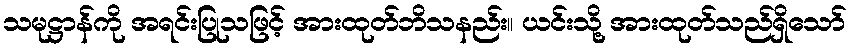
သမုဋ္ဌာန်ကို အရင်းပြုသဖြင့် အားထုတ်ဘိသနည်း။ ယင်းသို့ အားထုတ်သည်ရှိသော်